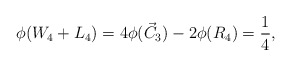
\begin{align*} \phi(W_4 + L_4) & = 4\phi(\vec C_3) - 2\phi(R_4) = \frac{1}{4}, \end{align*}